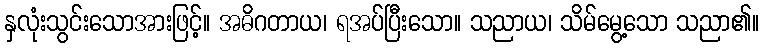
နှလုံးသွင်းသောအားဖြင့်။ အဓိဂတာယ၊ ရအပ်ပြီးသော။ သညာယ၊ သိမ်မွေ့သော သညာ၏။